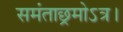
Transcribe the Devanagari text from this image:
समंताछ्रमोऽत्र।